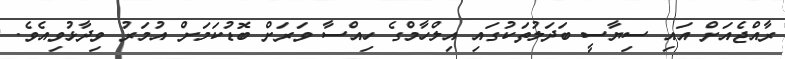
ރާއްޖެއަށް އައި ސިޔާސީ ބަދަލުތަކުގައި އިލްހާމްގެ ހިއްސާ ވަރަށް ބޮޑުކަމަށް އުމަރު ވިދާޅުވިއެވެ.